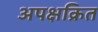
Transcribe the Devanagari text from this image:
अपक्षक्रित